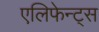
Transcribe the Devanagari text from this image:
एलिफेन्ट्स